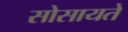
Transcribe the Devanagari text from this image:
सोसायते